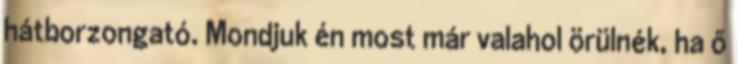
hátborzongató. Mondjuk én most már valahol örülnék, ha ő